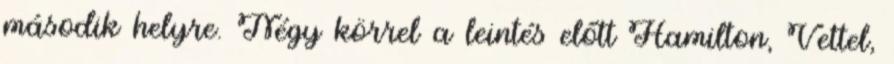
második helyre. Négy körrel a leintés előtt Hamilton, Vettel,